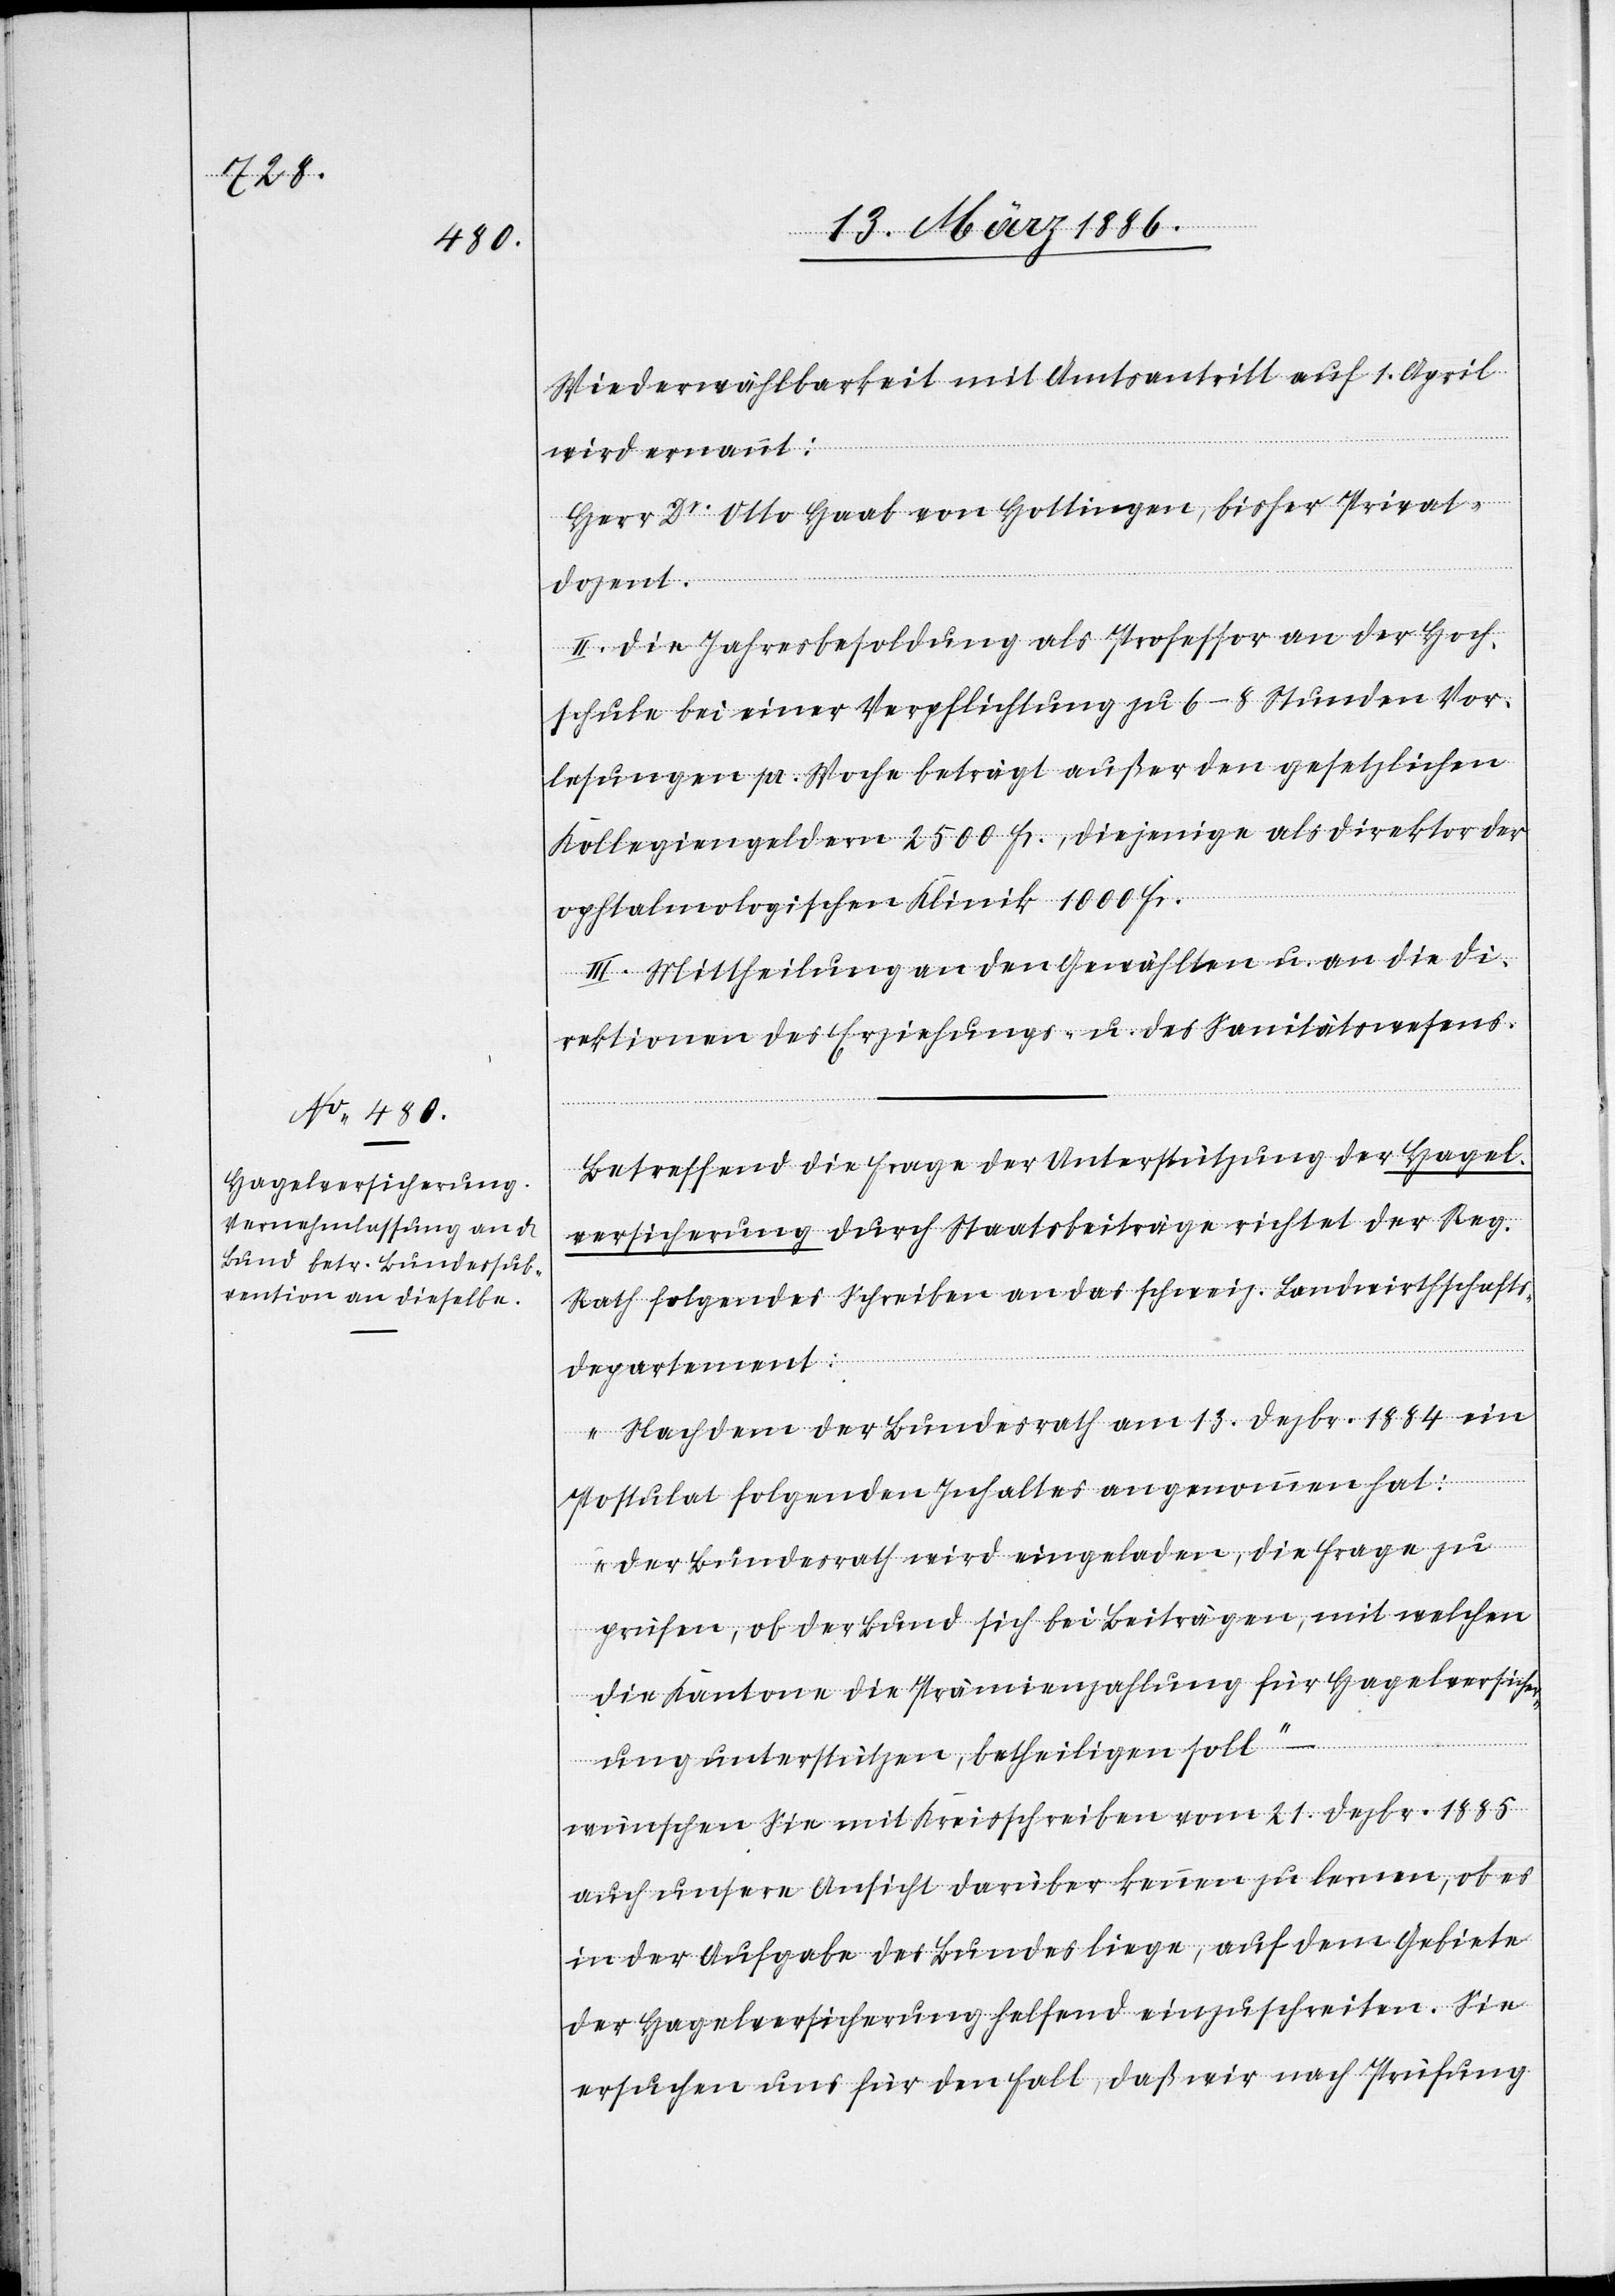
Wiederwählbarkeit mit Amtsantritt auf 1. April
wird ernannt:
Herr Dr. Otto Haab von Hottingen, bisher Privat¬
dozent.
II. Die Jahresbesoldung als Professor an der Hoch¬
schule bei einer Verpflichtung zu 6–8 Stunden Vor¬
lesungen pr. Woche beträgt außer den gesetzlichen
Kollegiengeldern 2500 Fr., diejenige als Direktor der
ophtalmologischen Klinik 1000 Fr.
III. Mittheilung an den Gewählten u. an die Di¬
rektionen des Erziehungs- u. des Sanitätswesens.
Betreffend die Frage der Unterstützung der Hagel¬
versicherung durch Staatsbeiträge richtet der Reg.
Rath folgendes Schreiben an das schweiz. Landwirthschafts¬
departement:
„Nachdem der Bundesrath am 13. Dezbr. 1884 ein
Postulat folgenden Inhaltes angenommen hat:
Der Bundesrath wird eingeladen, die Frage zu
prüfen, ob der Bund sich bei Beiträgen, mit welchen
die Kantone die Prämienzahlungen für Hagelversiche¬
rung unterstützen, betheiligen soll“
wünschen Sie mit Kreisschreiben vom 21. Dezbr. 1885
auch unsere Ansicht darüber kennen zu lernen, ob es
in der Aufgabe des Bundes liege, auf dem Gebiete
der Hagelversicherung helfend einzuschreiten. Sie
wüschen uns für den Fall, daß wir nach Prüfung